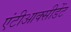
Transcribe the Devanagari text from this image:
एंटीआक्सीडेंट